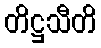
တိဋ္ဌသီတိ